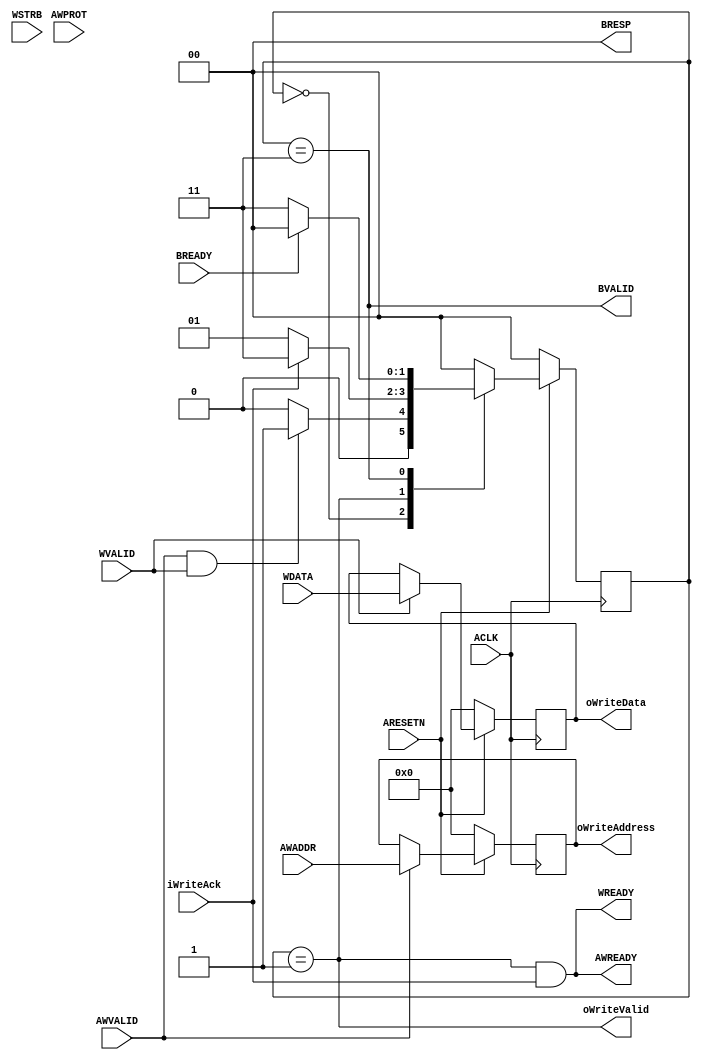
module AXI4LiteSlaveInterfaceWriteChannel
#
(
    parameter AddressWidth = 32,
    parameter DataWidth = 32
)
(
    ACLK            ,
    ARESETN         ,
    AWVALID         ,
    AWREADY         ,
    AWADDR          ,
    AWPROT          ,
    WVALID          ,
    WREADY          ,
    WDATA           ,
    WSTRB           ,
    BVALID          ,
    BREADY          ,
    BRESP           ,
    oWriteAddress   ,
    oWriteData      ,
    oWriteValid     ,
    iWriteAck
);
    input                           ACLK            ;
    input                           ARESETN         ;
    input                           AWVALID         ;
    output                          AWREADY         ;
    input   [AddressWidth - 1:0]    AWADDR          ;
    input   [2:0]                   AWPROT          ;
    input                           WVALID          ;
    output                          WREADY          ;
    input   [DataWidth - 1:0]       WDATA           ;
    input   [DataWidth/8 - 1:0]     WSTRB           ;
    output                          BVALID          ;
    input                           BREADY          ;
    output  [1:0]                   BRESP           ;
    output  [AddressWidth - 1:0]    oWriteAddress   ;
    output  [DataWidth - 1:0]       oWriteData      ;
    output                          oWriteValid     ;
    input                           iWriteAck       ;
    reg     [AddressWidth - 1:0]    rWriteAddress   ;
    reg     [DataWidth - 1:0]       rWriteData      ;
    localparam  State_Idle          = 2'b00; 
    localparam  State_INCMDREQ      = 2'b01;
    localparam  State_AXIWRESP      = 2'b11;
    reg [1:0]   rCurState   ;
    reg [1:0]   rNextState  ;
    always @ (posedge ACLK)
        if (!ARESETN)
            rCurState <= State_Idle;
        else
            rCurState <= rNextState;
    always @ (*)
        case (rCurState)
        State_Idle:
            rNextState <= (AWVALID && WVALID)?State_INCMDREQ:State_Idle;        
        State_INCMDREQ:
            rNextState <= (iWriteAck)?State_AXIWRESP:State_INCMDREQ;
        State_AXIWRESP:
            rNextState <= (BREADY)?State_Idle:State_AXIWRESP;
        default:
            rNextState <= State_Idle;
        endcase
    assign AWREADY      = ((rCurState == State_INCMDREQ) && iWriteAck);
    assign WREADY       = ((rCurState == State_INCMDREQ) && iWriteAck);
    assign oWriteValid  = (rCurState == State_INCMDREQ);
    always @ (posedge ACLK)
        if (!ARESETN)
            rWriteAddress <= {(AddressWidth){1'b0}};
        else
            if (AWVALID)
                rWriteAddress <= AWADDR;
    always @ (posedge ACLK)
        if (!ARESETN)
            rWriteData <= {(DataWidth){1'b0}};
        else
            if (WVALID)
                rWriteData <= WDATA;
    assign oWriteAddress = rWriteAddress;
    assign oWriteData = rWriteData;
    assign BVALID = (rCurState == State_AXIWRESP);
    assign BRESP = 2'b0;
endmodule